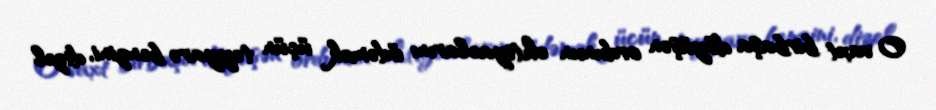
O vaxt birbaşa döyüşən ordunun ehtiyaclarını ödəmək üçün təyyarə benzini, dizel